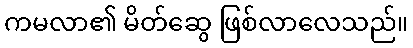
ကမလာ၏ မိတ်ဆွေ ဖြစ်လာလေသည်။